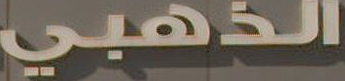
الذهبي